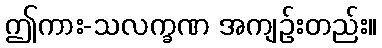
ဤကား-သလက္ခဏ အကျဉ်းတည်း။